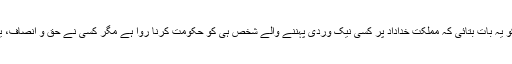
جماعتی صالحین نے سب کو یہ بات بتائی کہ مملکت خداداد پر کسی نیک وردی پہننے والے شخص ہی کو حکومت کرنا روا ہے مگر کسی نے حق و انصاف، یعنی صالحین کا ساتھ نہ دیا۔